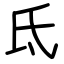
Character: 氐